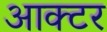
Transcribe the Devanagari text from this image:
आक्टर